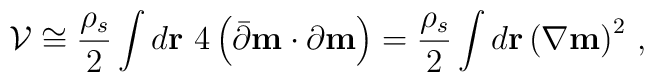
{\cal V} \cong { \rho_s \over  2} \int d {\bf r} ~4 \left(\bar\partial {\bf m} \cdot {\partial }{\bf m} \right)= { \rho_s \over 2}\int d {\bf r} \left(\nabla {\bf m}\right)^2 \, ,